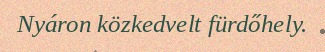
Nyáron közkedvelt fürdőhely.